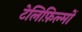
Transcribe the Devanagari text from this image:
टेलिफ़िल्मों